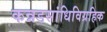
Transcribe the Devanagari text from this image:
कन्नडसांधिविग्रहिक